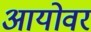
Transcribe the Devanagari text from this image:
आयोवर